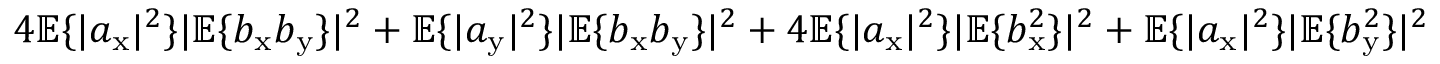
4 \mathbb { E } \{ | a _ { \mathrm { x } } | ^ { 2 } \} | \mathbb { E } \{ b _ { \mathrm { x } } b _ { \mathrm { y } } \} | ^ { 2 } + \mathbb { E } \{ | a _ { \mathrm { y } } | ^ { 2 } \} | \mathbb { E } \{ b _ { \mathrm { x } } b _ { \mathrm { y } } \} | ^ { 2 } + 4 \mathbb { E } \{ | a _ { \mathrm { x } } | ^ { 2 } \} | \mathbb { E } \{ b _ { \mathrm { x } } ^ { 2 } \} | ^ { 2 } + \mathbb { E } \{ | a _ { \mathrm { x } } | ^ { 2 } \} | \mathbb { E } \{ b _ { \mathrm { y } } ^ { 2 } \} | ^ { 2 }